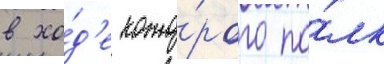
в хо́д'е кото́рого по́лк